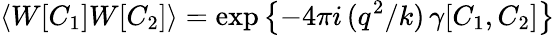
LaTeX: \left\langle W[C_{1}]W[C_{2}]\right\rangle=\exp\left\{ -4\pi i\, (q^{2}/k)\, \gamma[C_{1},C_{2}]\right\}